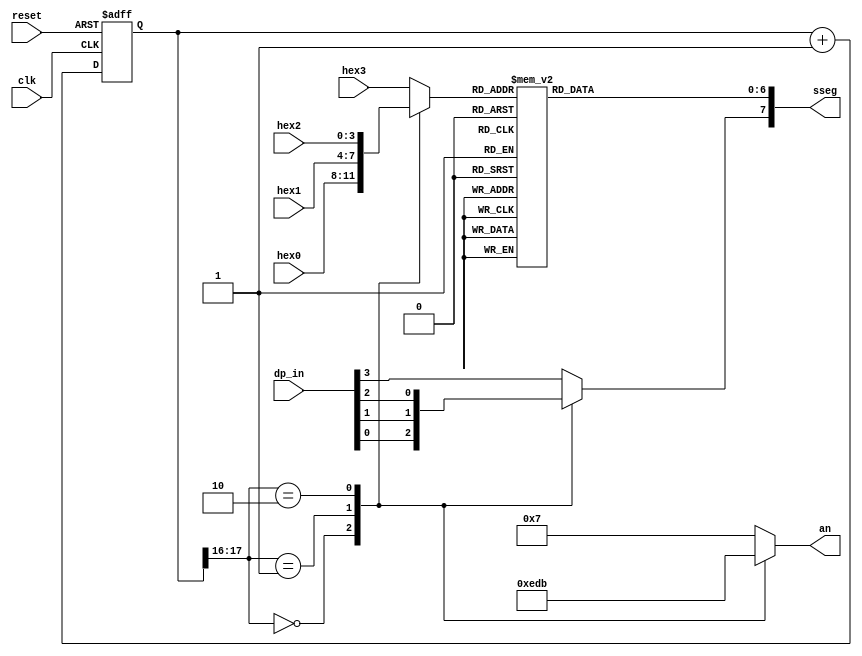
`timescale 1ns / 1ps
//////////////////////////////////////////////////////////////////////////////////
// Company: 
// Engineer: 
// 
// Design Name: 
// Module Name: scan_led_hex_display
// Project Name: 
// Target Devices: 
// Tool Versions: 
// Description: 
// 
// Dependencies: 
// 
// Revision:
// Revision 0.01 - File Created
// Additional Comments:
// 
//////////////////////////////////////////////////////////////////////////////////


module scan_led_hex_disp(clk,reset,hex3,hex2,hex1,hex0,dp_in,an,sseg);
input clk,reset;
input [3:0] hex3,hex2,hex1,hex0;
input [3:0] dp_in; //
output reg [3:0] an; //
output reg [7:0] sseg; //
localparam  N = 18; //100MHZ/2^16??
reg [N-1:0] regN;
reg [3:0] hex_in;
reg dp;

always @ ( posedge clk, posedge reset ) begin
    if (reset) begin
        regN <= 0;
    end else begin
        regN <= regN + 1;
    end
end

always @ ( * ) begin
    case (regN[N-1:N-2])
        2'b00:
            begin
                an = 4'b1110;
                hex_in = hex0;
                dp = dp_in[0];
            end
        2'b01:
            begin
                an = 4'b1101;
                hex_in = hex1;
                dp = dp_in[1];
            end
        2'b10:
            begin
                an = 4'b1011;
                hex_in = hex2;
                dp = dp_in[2];
            end
        default:
            begin
                an = 4'b0111;
                hex_in = hex3;
                dp = dp_in[3];
            end
    endcase
end

always @ ( * ) begin
    case (hex_in)
        4'h0:sseg[6:0] = 7'b0000001;
        4'h1:sseg[6:0] = 7'b1001111;
        4'h2:sseg[6:0] = 7'b0010010;
        4'h3:sseg[6:0] = 7'b0000110;
        4'h4:sseg[6:0] = 7'b1001100;
        4'h5:sseg[6:0] = 7'b0100100;
        4'h6:sseg[6:0] = 7'b0100000;
        4'h7:sseg[6:0] = 7'b0001111;
        4'h8:sseg[6:0] = 7'b0000000;
        4'h9:sseg[6:0] = 7'b0000100;
        4'ha:sseg[6:0] = 7'b0001000;
        4'hb:sseg[6:0] = 7'b1100000;
        4'hc:sseg[6:0] = 7'b0110001;
        4'hd:sseg[6:0] = 7'b1000010;
        4'he:sseg[6:0] = 7'b0110000;
        4'hf: sseg[6:0] = 7'b0111000; //4'hf
        default: sseg[6:0] = 7'b0000000;
    endcase
    sseg[7] = dp;
end
endmodule